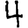
Digit: 4